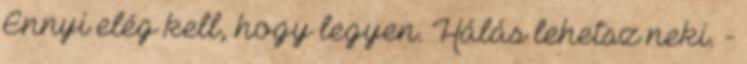
Ennyi elég kell, hogy legyen. Hálás lehetsz neki. -